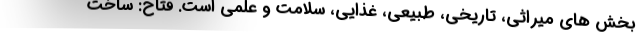
بخش های میراثی، تاریخی، طبیعی، غذایی، سلامت و علمی است. فتاح: ساخت